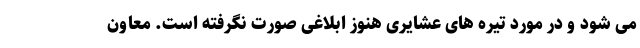
می شود و در مورد تیره های عشایری هنوز ابلاغی صورت نگرفته است. معاون